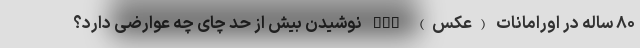
۸۰ ساله در اورامانات (عکس) nan نوشیدن بیش از حد چای چه عوارضی دارد؟